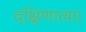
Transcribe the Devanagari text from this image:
दक्षिणात्या।